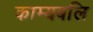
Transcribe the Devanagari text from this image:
काम्यबलि